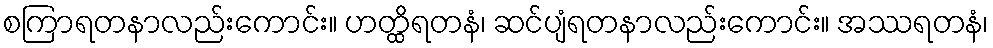
စကြာရတနာလည်းကောင်း။ ဟတ္ထိရတနံ၊ ဆင်ပျံရတနာလည်းကောင်း။ အဿရတနံ၊